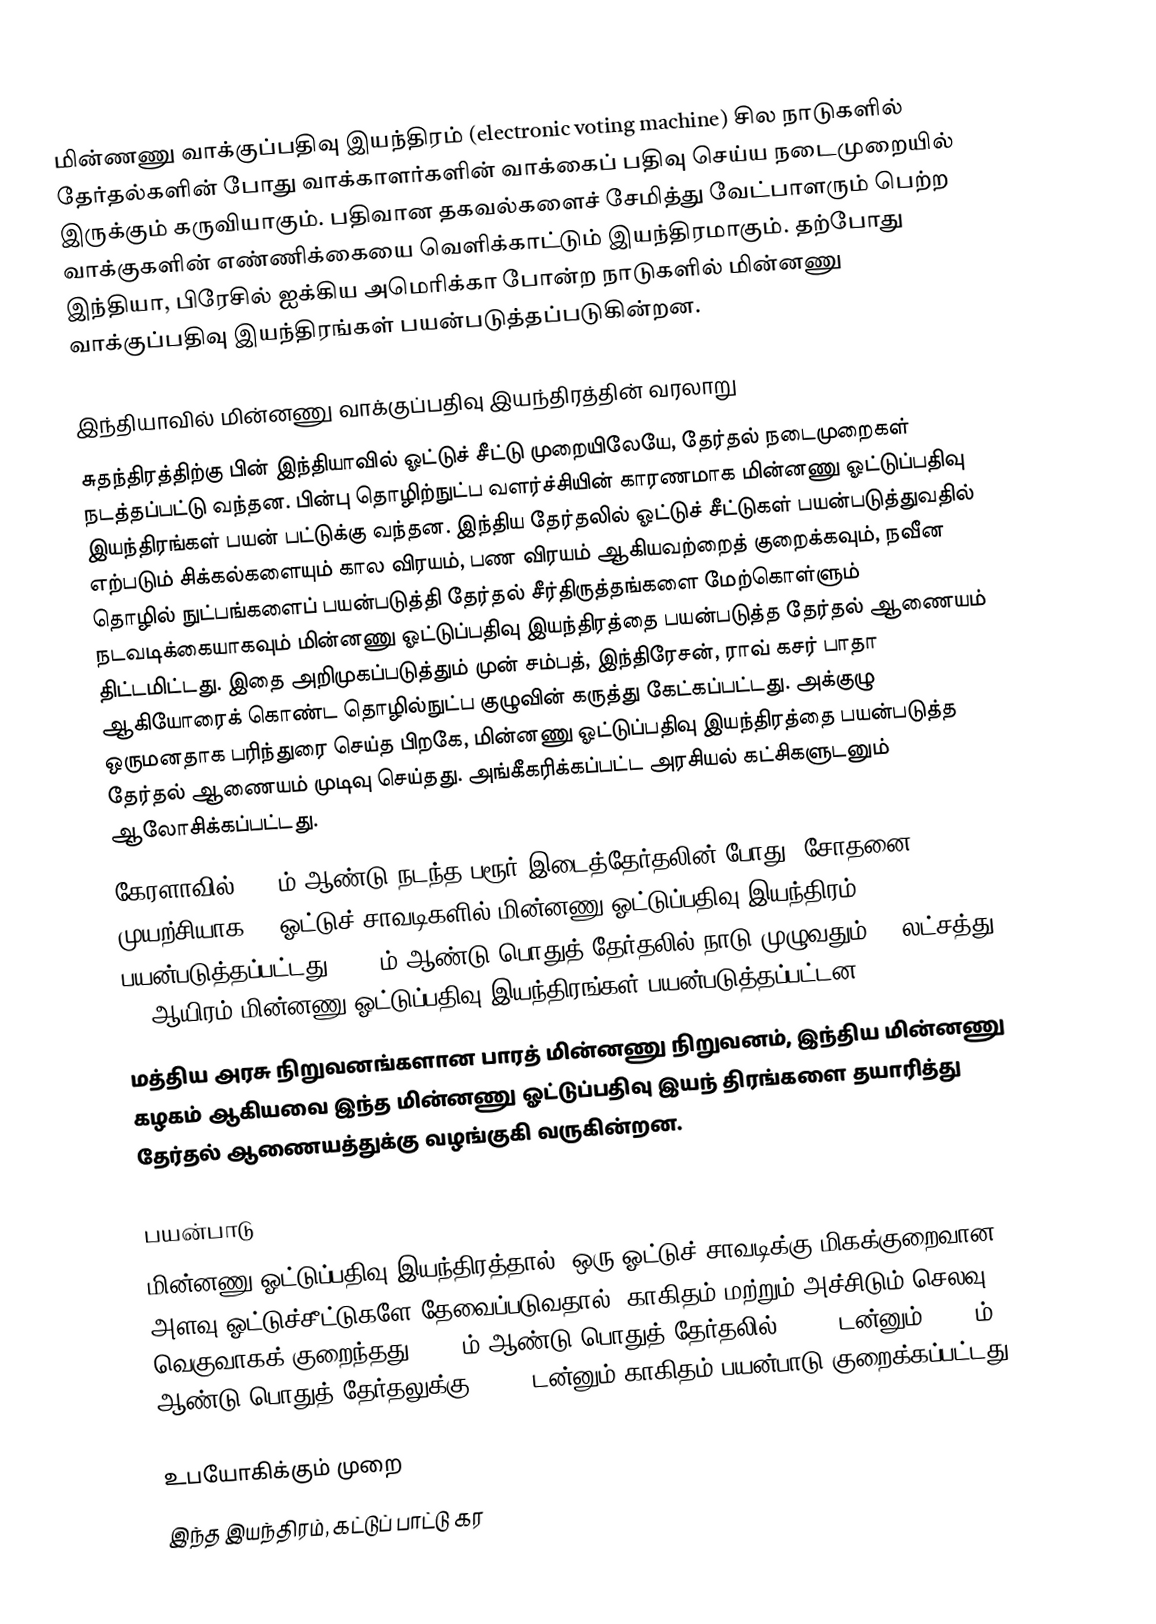
மின்ணணு வாக்குப்பதிவு இயந்திரம் (electronic voting machine) சில நாடுகளில் தேர்தல்களின் போது வாக்காளர்களின் வாக்கைப் பதிவு செய்ய நடைமுறையில் இருக்கும் கருவியாகும். பதிவான தகவல்களைச் சேமித்து வேட்பாளரும் பெற்ற வாக்குகளின் எண்ணிக்கையை வெளிக்காட்டும் இயந்திரமாகும். தற்போது இந்தியா, பிரேசில் ஐக்கிய அமெரிக்கா போன்ற நாடுகளில் மின்னணு வாக்குப்பதிவு இயந்திரங்கள் பயன்படுத்தப்படுகின்றன.

இந்தியாவில் மின்னணு வாக்குப்பதிவு இயந்திரத்தின் வரலாறு
சுதந்திரத்திற்கு பின் இந்தியாவில் ஓட்டுச் சீட்டு முறையிலேயே, தேர்தல் நடைமுறைகள் நடத்தப்பட்டு வந்தன. பின்பு தொழிற்நுட்ப வளர்ச்சியின் காரணமாக மின்னணு ஓட்டுப்பதிவு இயந்திரங்கள் பயன் பட்டுக்கு வந்தன. இந்திய தேர்தலில் ஓட்டுச் சீட்டுகள் பயன்படுத்துவதில் எற்படும் சிக்கல்களையும் கால விரயம், பண விரயம் ஆகியவற்றைத் குறைக்கவும், நவீன தொழில் நுட்பங்களைப் பயன்படுத்தி தேர்தல் சீர்திருத்தங்களை மேற்கொள்ளும் நடவடிக்கையாகவும் மின்னணு ஓட்டுப்பதிவு இயந்திரத்தை பயன்படுத்த தேர்தல் ஆணையம் திட்டமிட்டது. இதை அறிமுகப்படுத்தும் முன் சம்பத், இந்திரேசன், ராவ் கசர் பாதா ஆகியோரைக் கொண்ட தொழில்நுட்ப குழுவின் கருத்து கேட்கப்பட்டது. அக்குழு ஒருமனதாக பரிந்துரை செய்த பிறகே, மின்னணு ஓட்டுப்பதிவு இயந்திரத்தை பயன்படுத்த தேர்தல் ஆணையம் முடிவு செய்தது. அங்கீகரிக்கப்பட்ட அரசியல் கட்சிகளுடனும் ஆலோசிக்கப்பட்டது.
கேரளாவில் 1982ம் ஆண்டு நடந்த பரூர் இடைத்தேர்தலின் போது, சோதனை முயற்சியாக 50 ஓட்டுச் சாவடிகளில் மின்னணு ஓட்டுப்பதிவு இயந்திரம் பயன்படுத்தப்பட்டது. 2004ம் ஆண்டு பொதுத் தேர்தலில் நாடு முழுவதும் 10 லட்சத்து 75 ஆயிரம் மின்னணு ஓட்டுப்பதிவு இயந்திரங்கள் பயன்படுத்தப்பட்டன.
மத்திய அரசு நிறுவனங்களான பாரத் மின்னணு நிறுவனம், இந்திய மின்னணு கழகம் ஆகியவை இந்த மின்னணு ஓட்டுப்பதிவு இயந் திரங்களை தயாரித்து தேர்தல் ஆணையத்துக்கு வழங்குகி வருகின்றன.

பயன்பாடு
மின்னணு ஓட்டுப்பதிவு இயந்திரத்தால், ஒரு ஓட்டுச் சாவடிக்கு மிகக்குறைவான அளவு ஓட்டுச்சீட்டுகளே தேவைப்படுவதால், காகிதம் மற்றும் அச்சிடும் செலவு வெகுவாகக் குறைந்தது. 1996ம் ஆண்டு பொதுத் தேர்தலில் 8,800 டன்னும், 1999ம் ஆண்டு பொதுத் தேர்தலுக்கு 7,700 டன்னும் காகிதம் பயன்பாடு குறைக்கப்பட்டது.

உபயோகிக்கும் முறை
இந்த இயந்திரம், கட்டுப் பாட்டு கர